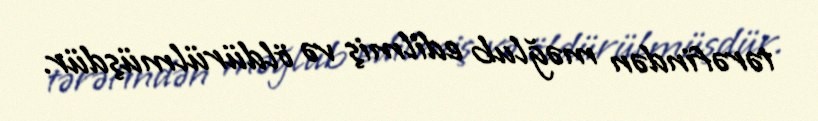
tərəfindən məğlub edilmiş və öldürülmüşdür.